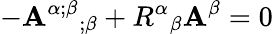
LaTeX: -{\mathbf{A}^{\alpha;\beta}}_{;\beta}+{R^{\alpha}}_{\beta}\mathbf{A}^{\beta}=0